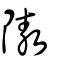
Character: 隞